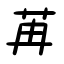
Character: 苒